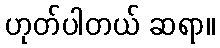
ဟုတ်ပါတယ် ဆရာ။